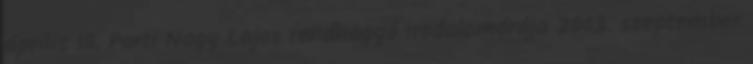
április 10. Parti Nagy Lajos rendhagyó irodalomórája 2003. szeptember